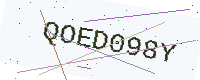
Text: QOED098Y